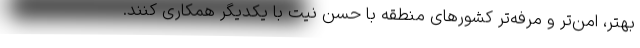
بهتر، امن‌تر و مرفه‌تر کشورهای منطقه با حسن نیت با یکدیگر همکاری کنند.